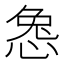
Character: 𫺜